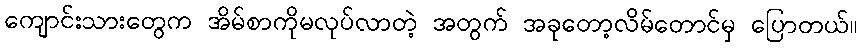
ကျောင်းသားတွေက အိမ်စာကိုမလုပ်လာတဲ့ အတွက် အခုတော့လိမ်တောင်မှ ပြောတယ်။